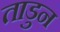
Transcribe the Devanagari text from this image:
ताडुन